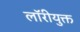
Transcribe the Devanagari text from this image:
लॉरीयुक्त